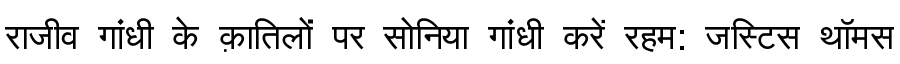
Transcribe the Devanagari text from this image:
राजीव गांधी के क़ातिलों पर सोनिया गांधी करें रहम: जस्टिस थॉमस